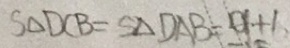
S _ { \Delta } D C B = S _ { \Delta } D A B = 9 + 6